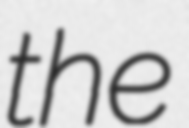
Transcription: the